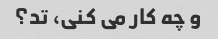
و چه کار می کنی، تد؟